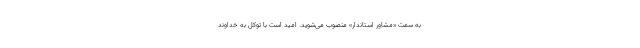
به سمت «مشاور استاندار» منصوب می‌شوید. امید است با توکل به خداوند